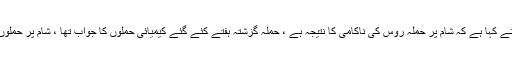
امریکی صدر ڈونلڈ ٹرمپ نے کہا ہے کہ شام پر حملہ روس کی ناکامی کا نتیجہ ہے ، حملہ گزشتہ ہفتے کئے گئے کیمیائی حملوں کا جواب تھا ، شام پر حملوں کا تسلسل برقرار رہے گا۔